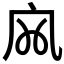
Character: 𡦹